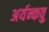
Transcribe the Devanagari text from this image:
अर्यन्कवु